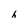
Character: h